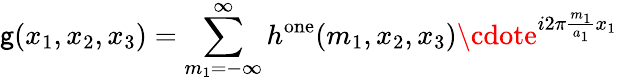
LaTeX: \mathsf{g}(x_{1},x_{2},x_{3})=\sum_{m_{1}=-\infty}^{\infty}h^{\mathrm{{one}}}(m_{1},x_{2},x_{3})\cdote^{i2\pi{\frac{{m_{1}}}{{a_{1}}}}x_{1}}